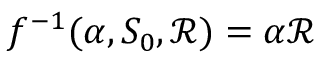
f ^ { - 1 } ( \alpha , S _ { 0 } , \mathcal { R } ) = \alpha \mathcal { R }